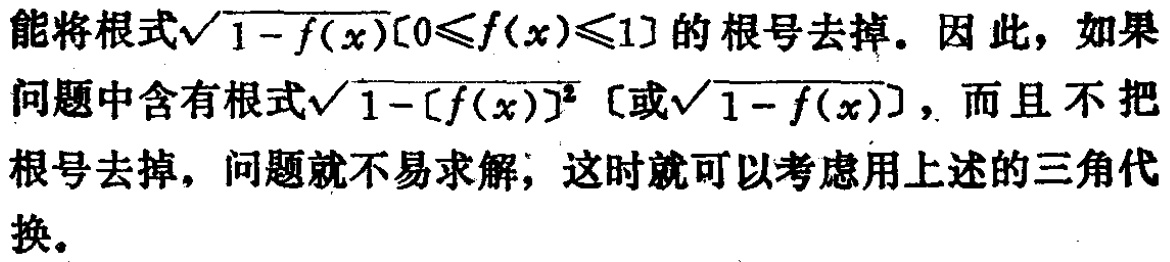
能将根式\(\sqrt{1 - f(x)}[0\leqslant f(x)\leqslant 1]\)的根号去掉。因此，如果问题中含有根式\(\sqrt{1 - [f(x)]^{2}}\) [或\(\sqrt{1 - f(x)}\)]，而且不把根号去掉，问题就不易求解；这时就可以考虑用上述的三角代换。